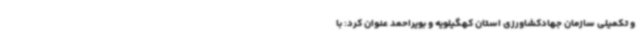
و تکمیلی سازمان جهادکشاورزی استان کهگیلویه و بویراحمد عنوان کرد: با